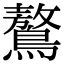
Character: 鷔